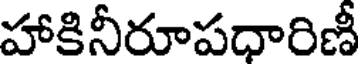
హాకినీరూపధారిణీ